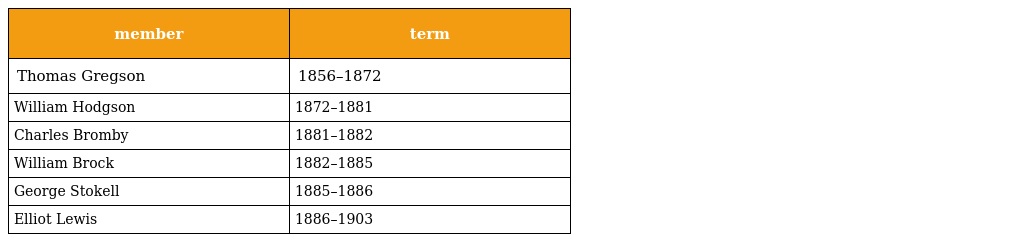
| member | term |
 | --- | --- |
 | Thomas Gregson | 1856–1872 |
 | William Hodgson | 1872–1881 |
 | Charles Bromby | 1881–1882 |
 | William Brock | 1882–1885 |
 | George Stokell | 1885–1886 |
 | Elliot Lewis | 1886–1903 |